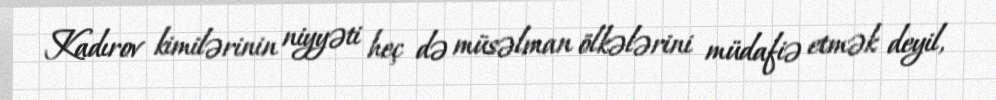
Kadırov kimilərinin niyyəti heç də müsəlman ölkələrini müdafiə etmək deyil,